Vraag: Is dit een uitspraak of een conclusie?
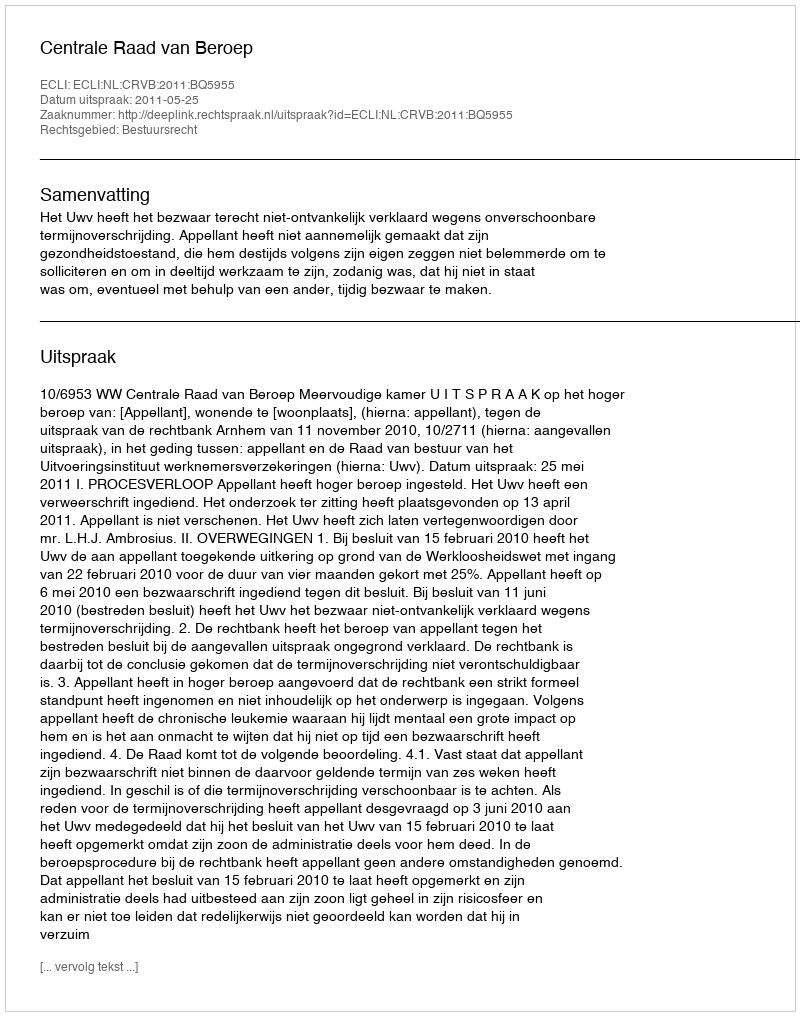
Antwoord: Uitspraak